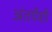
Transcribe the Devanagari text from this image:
अंतर्पेशी